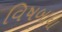
વિષબાધા